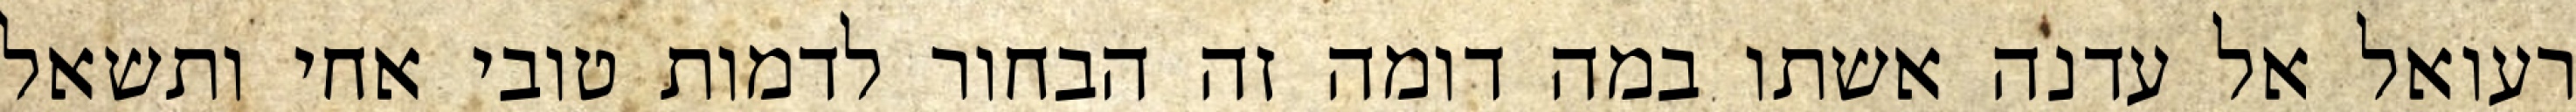
רעואל אל עדנה אשתו במה דומה זה הבחור לדמות טובי אחי ותשאל